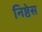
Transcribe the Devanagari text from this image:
निष्ठेस